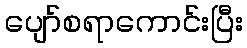
ပျော်စရာကောင်းပြီး